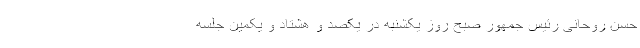
حسن روحانی رئیس جمهور صبح روز یکشنبه در یکصد و هشتاد و یکمین جلسه